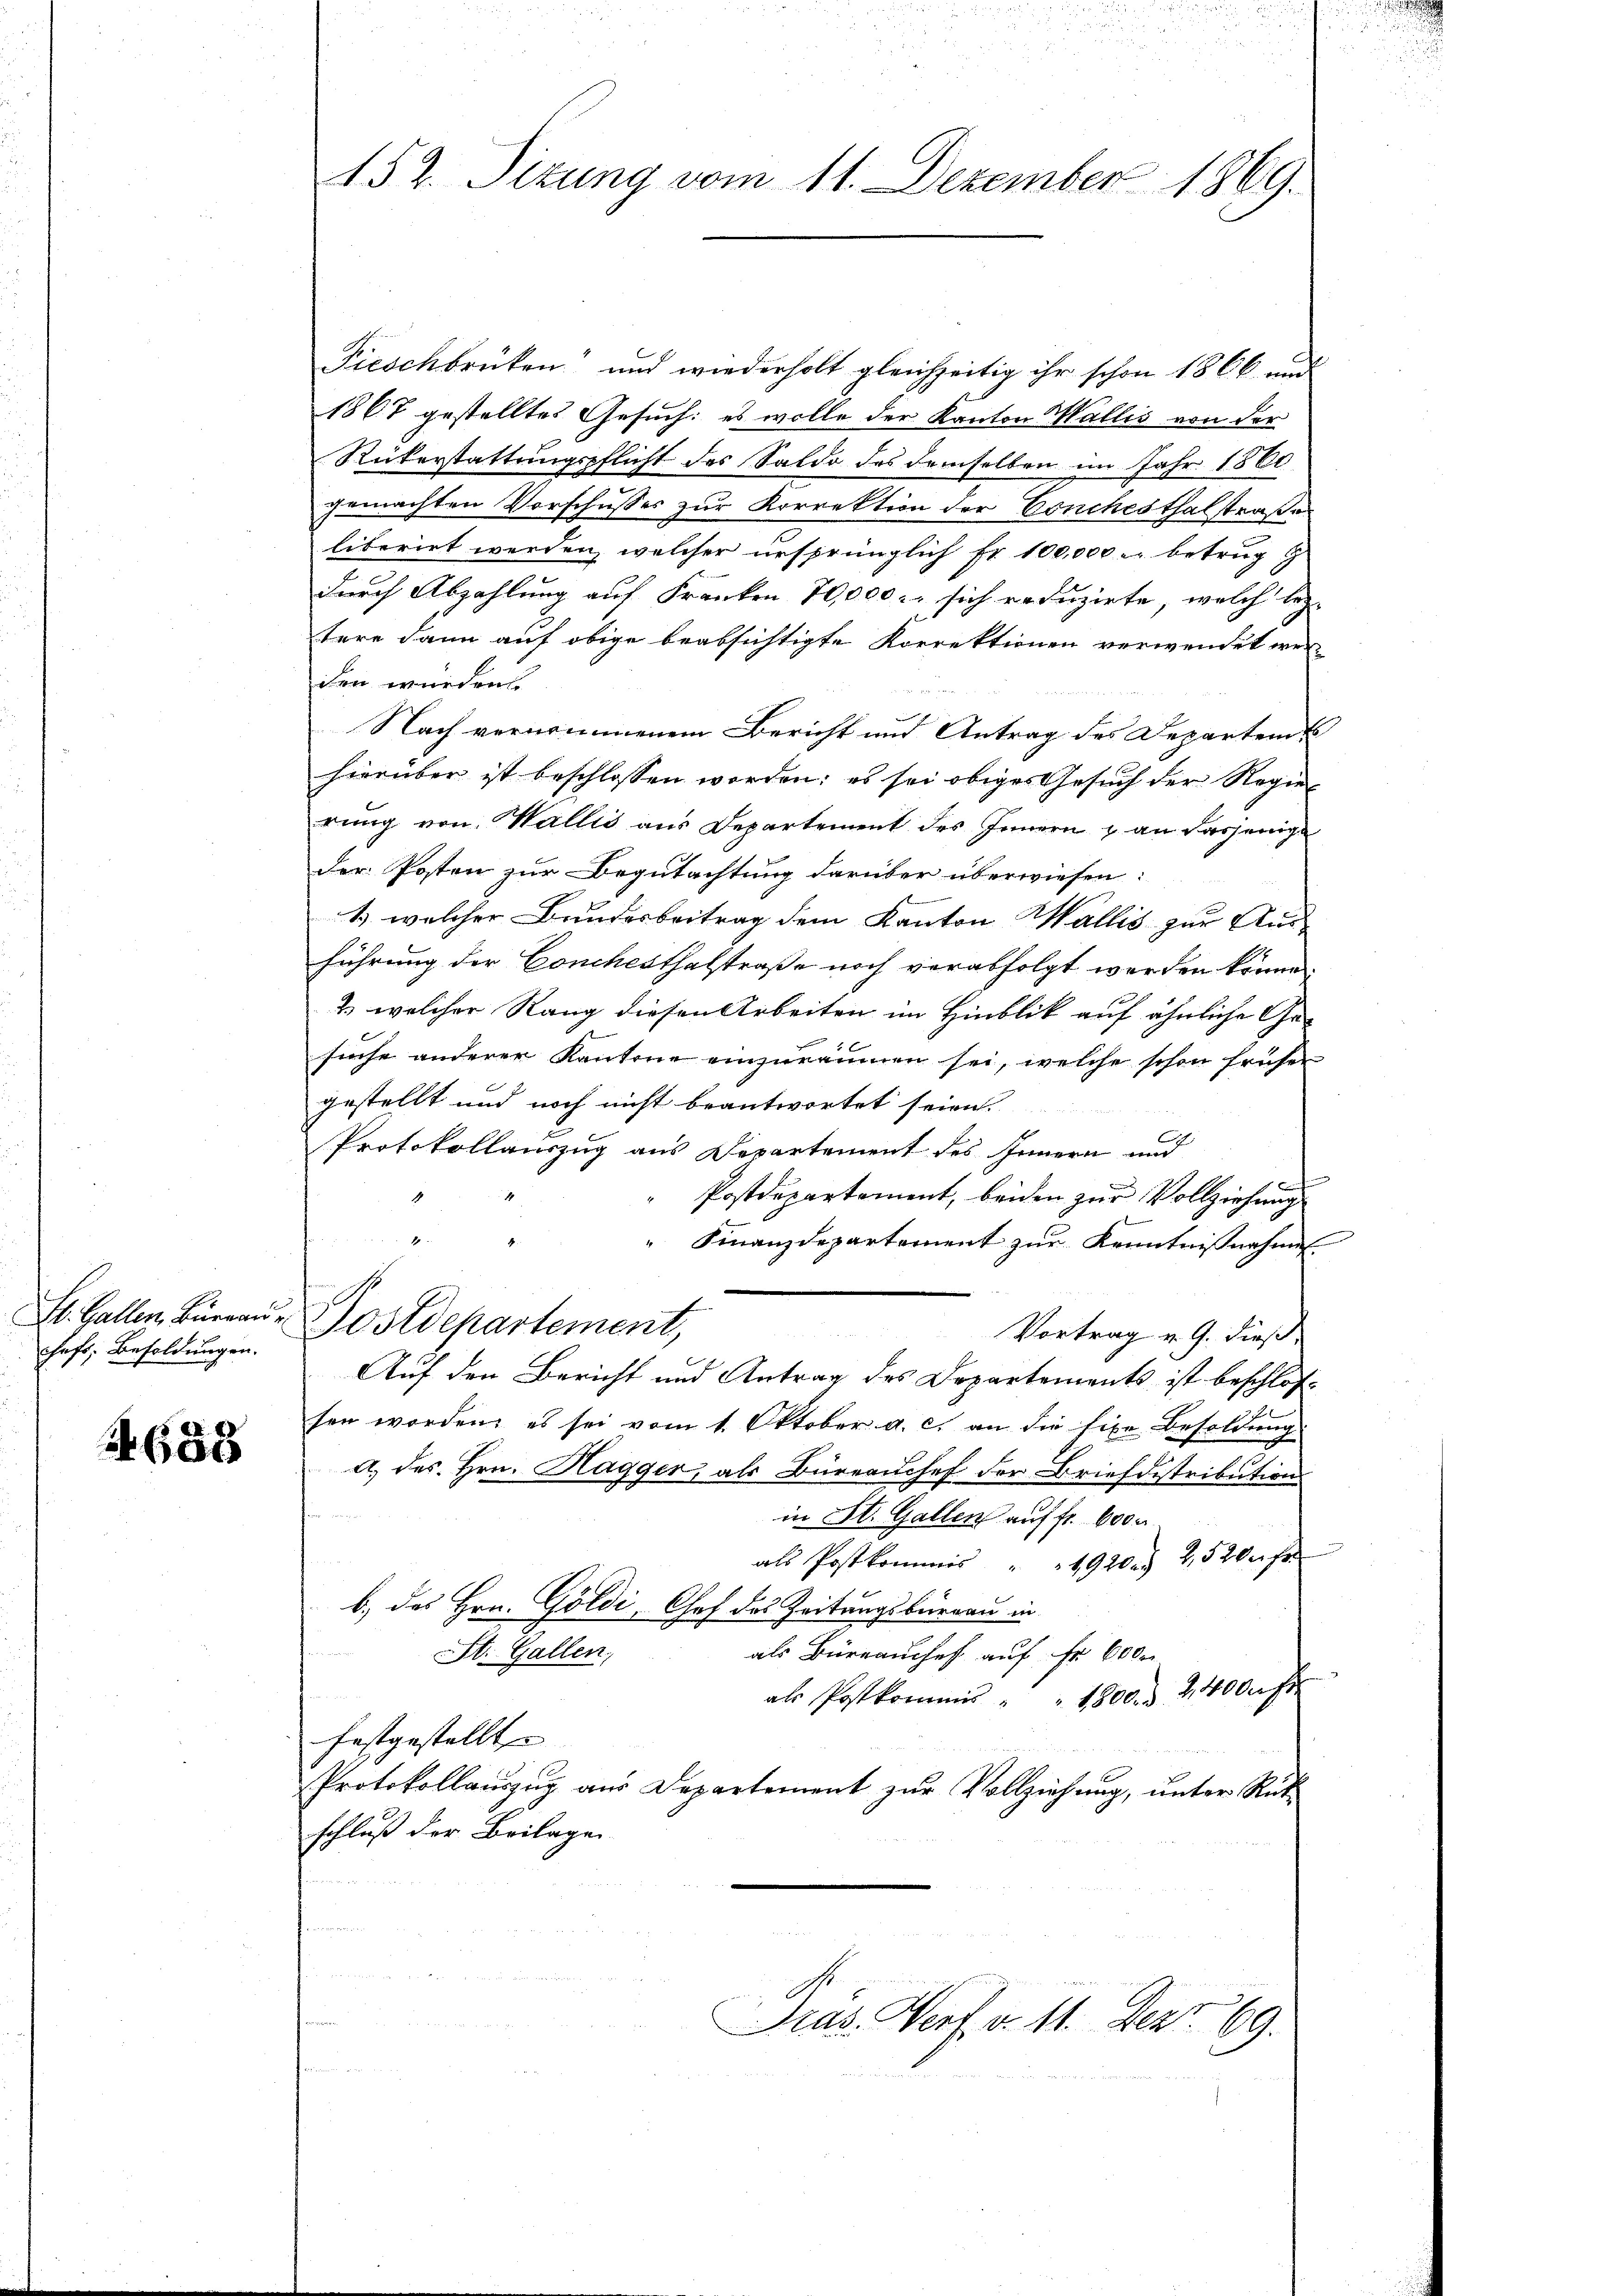
chefs, Besoldungen.

688

152. Sizung vom 11. Dezember 1869.

Fieschbrücken und wiederholt gleichzeitig ihr schon 1866 und
1867 gestelltes Gesuch: es wolle der Kanton Wallis von der
Rükerstattungspflicht des Saldo des demselben im Jahr 1860
gemachten Vorschusses zur Korrektion der Conchesthalstraße
liberirt werden, welcher ursprünglich Fr. 100,000 u. betrug
durch Abzahlung auf Franken 70,000. sich reduzirte, welch lez
tere dann auf obige beabsichtigte Korrektionen verwendet werden würden.

Nach vernommenem Bericht und Antrag des Departem
hierüber ist beschlossen worden; es sei obiges Gesuch der Regier
rung von Wallis aus Departement des Innern & an dasjenige
der Posten zur Begutachtung darüber überwiesen:
1) welcher Bundesbeitrag dem Kanton Wallis zur Aus-
führung der Conchesthalstraße noch verabfolgt werden könne.
2. welcher Rang diesen Arbeiten im Hinblik auf ähnliche Ge-
suche anderer Kantone einzuräumen sei, welche schon früher
gestellt und noch nicht beantwortet seien.
Protokollauszug aus Departement des Innern und
irung
Postdepartement, beiden zur Vollziehung
4
" Finanzdepartement zur Kenntnißnahmen
Sl. Gallen Büreau, Postdepartement,
Vortrag v. 9. dieß
Auf den Bericht und Antrag des Departements ist beschloßsen worden, es sei vom 1. Oktober a. c. an die fixe Besoldung
c
a. des Hrn. Hagger, als Büreauchef der Briefdistributions
in St. Gallen auf fr. 6000.
als Postkommis " " 49202. 252 fr
b.) des Hrn. Goldi, Chef das Zeitungsbüreau in
als Büreauches auf Fr. 6000
St. Gallen,
als Postkommis " " 1800. d. 2400 f
festgestellt
Protokollauszug aus Departement zur Vollziehung, unter Rükschluß der Beilagen
Pras. Dorf v. 11. Dez. 69.

u

g

n
n